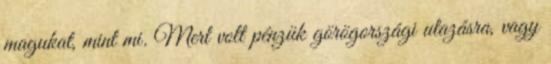
magukat, mint mi. Mert volt pénzük görögországi utazásra, vagy